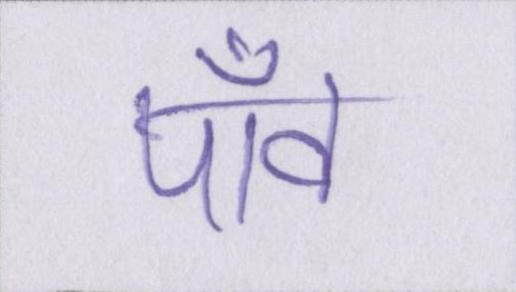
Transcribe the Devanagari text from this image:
पाँव